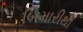
બિમારીથી